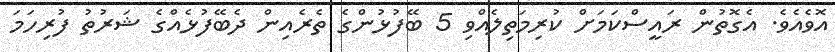
އޮވެއެވެ. އެގޮތުން ރައީސްކަމަށް ކުރިމަތިލެއްވި 5 ބޭފުޅުންގެ ތެރެއިން ދެބޭފުޅެއްގެ ޝަރުތު ފުރިހަމަ